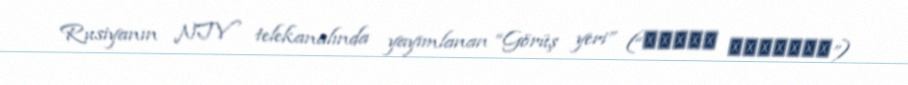
Rusiyanın NTV telekanalında yayımlanan “Görüş yeri” (“Место встречи”)